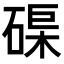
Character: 𥓼